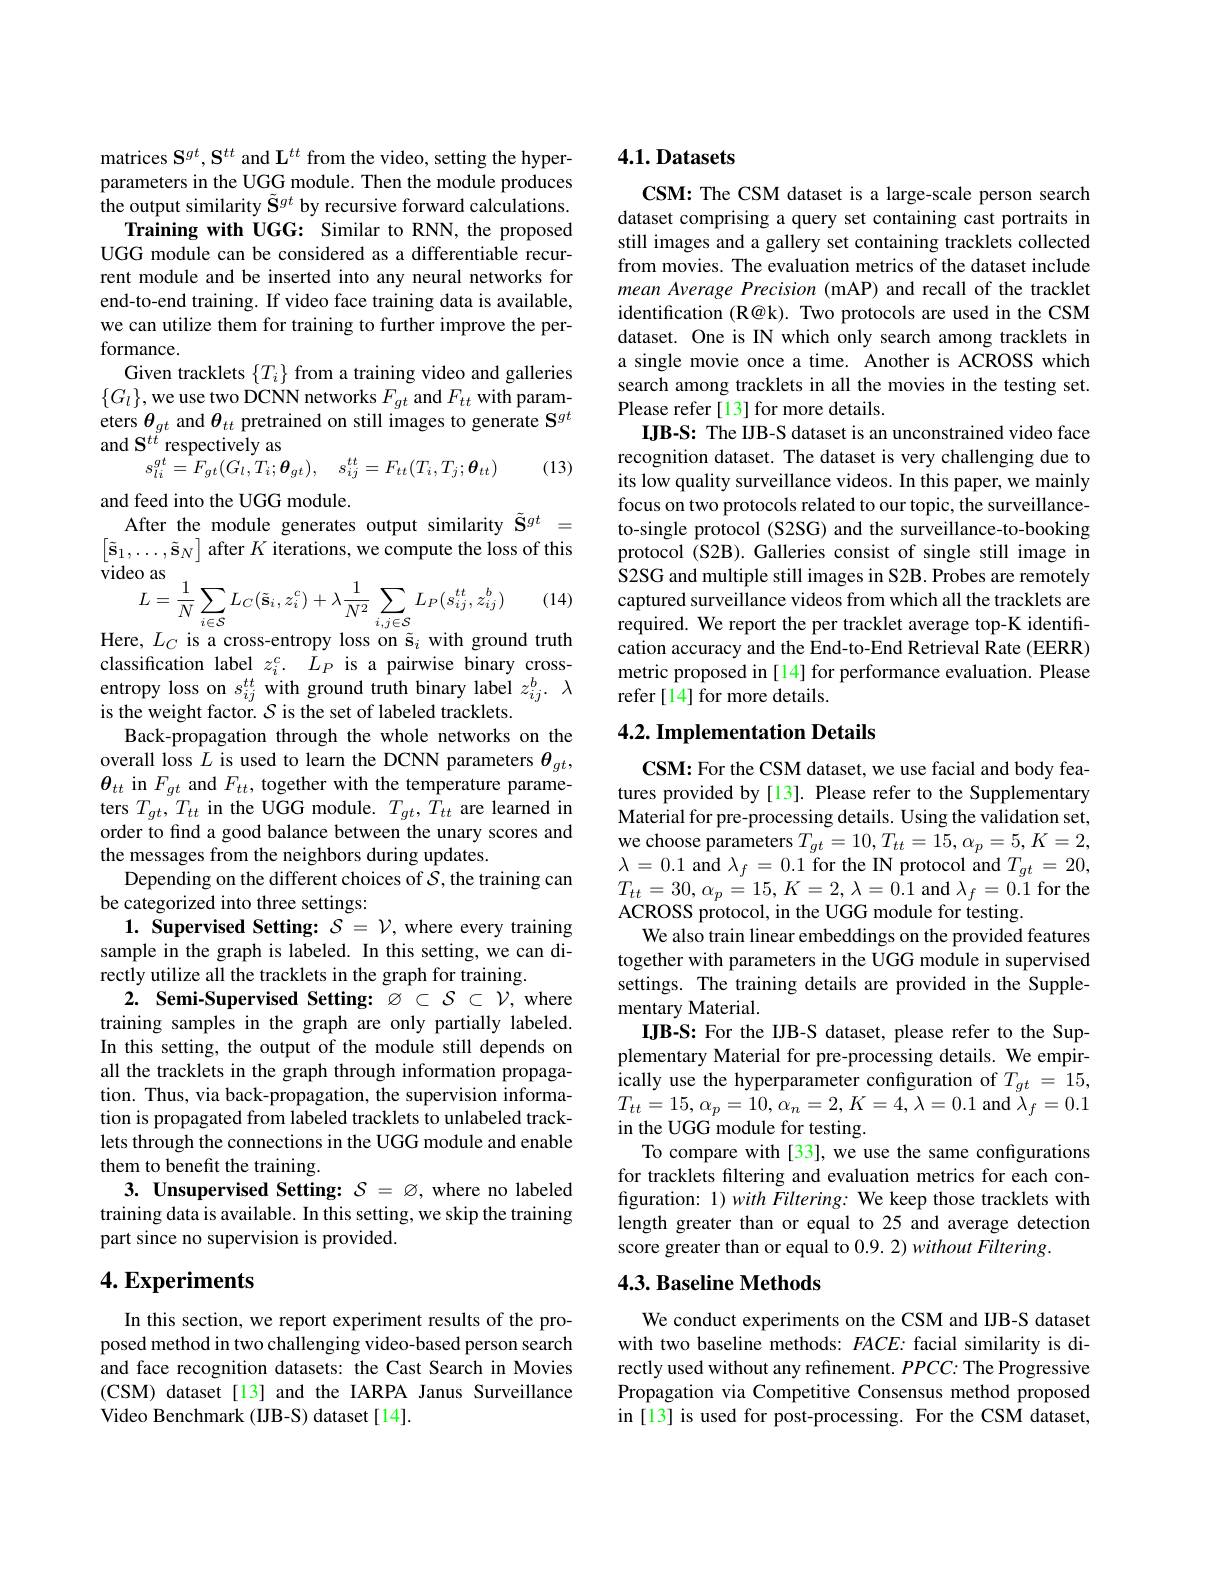
matrices $\mathbf{S}^gt,\mathbf{S}^{tt}$ and L$^tt$ from the video, setting the hyperparameters in the UGG module. Then the module produces $\hat{\text{the output similarity }}\tilde{\mathbf{S}}^{gt}$ by recursive forward calculations.
Training with UGG: Similar to RNN, the proposed UGG module can be considered as a differentiable recurrent module and be inserted into any neural networks for end-to-end training. If video face training data is available, we can utilize them for training to further improve the performance.
Given tracklets $\{T_{i}\}$ from a training video and galleries $\{G_l\}$,we use two DCNN networks $F_gt$ and $F_tt$ with param- $\begin{array}{l}\mathrm{eters~}\theta_{gt}\mathrm{~and~}\theta_{tt}\mathrm{~pretrained~on~still~images~to~generate~S}^{gt}\\\mathrm{and~S^{tt}respectively~as}\end{array}$
(13)
$$s_{li}^{gt}=F_{gt}(G_{l},T_{i};\boldsymbol{\theta}_{gt}),\quad s_{ij}^{tt}=F_{tt}(T_{i},T_{j};\boldsymbol{\theta}_{tt})$$
and feed into the UGG module.
After the module generates output similarity $\tilde{\mathbf{S}}^{gt}=$ $\begin{bmatrix}\tilde{\mathbf{s}}_{1},\ldots,\tilde{\mathbf{s}}_{N}\end{bmatrix}$ after $K$ iterations, we compute the loss of this video
$$\begin{array}{l}{{\mathrm{co~as}}}\\{L=\frac{1}{N}\sum_{i\in\mathcal{S}}L_{C}(\tilde{\mathbf{s}}_{i},z_{i}^{c})+\lambda\frac{1}{N^{2}}\sum_{i,j\in\mathcal{S}}L_{P}(s_{ij}^{tt},z_{ij}^{b})}\\{I}\\\end{array}$$
(14)

Here, $L_{C}$ is a cross-entropy loss on $\tilde{\mathbf{s}}_{i}$ with ground truth

classification label $z_i^c.$ $L_P$ is a pairwise binary cross-entropy losssons onss onss onss onth ground truth binary label $z_{ij}^{b}.\lambda$
is the weight factor. $\mathcal{S}$ is the set of labeled tracklets.
Back-propagation through the whole networks on the overall loss $L$ is used to learn the DCNN parameters $\theta_{gt}$, $\boldsymbol{\theta}_{tt}$ in $F_{gt}$ and $F_{tt}$, together with the temperature parameters $T_{gt},T_{tt}$ in the UGG module. $T_{gt},T_{tt}$ are learned in order to find a good balance between the unary scores and the messages from the neighbors during updates.
Depending on the different choices of $S$,the training can
be categorized into three settings:
$\mathbf{1.}$ Supervised Setting: $\mathcal{S}=\mathcal{V}$, where every training sample in the graph is labeled. In this setting, we can directly utilize all the tracklets in the graph for training.
2. Semi-Supervised Setting: $\varnothing\subset\mathcal{S}\subset\mathcal{V}$, where training samples in the graph are only partially labeled. In this setting, the output of the module still depends on all the tracklets in the graph through information propagation. Thus, via back-propagation, the supervision information is propagated from labeled tracklets to unlabeled tracklets through the connections in the UGG module and enable them to benefit the training.
3. Unsupervised Setting: $\mathcal{S}=\varnothing$, where no labeled training data is available. In this setting, we skip the training part since no supervision is provided.

## $4. \textbf{Experiments}$

In this section, we report experiment results of the proposed method in two challenging video-based person search and face recognition datasets: the Cast Search in Movies (CSM) dataset[13] and the IARPA Janus Surveillance Video Benchmark (IJB-S) dataset[14].

# 4.1. Datasets

CSM: The CSM dataset is a large-scale person search dataset comprising a query set containing cast portraits in still images and a gallery set containing tracklets collected from movies. The evaluation metrics of the dataset include mean Average Precision (mAP) and recall of the tracklet identification (R@k). Two protocols are used in the CSM dataset. One is IN which only search among tracklets in a single movie once a time. Another is ACROSS which search among tracklets in all the movies in the testing set. Please refer [13] for more details.
IJB-S: The IJB-S dataset is an unconstrained video face recognition dataset. The dataset is very challenging due to its low quality surveillance videos. In this paper, we mainly focus on two protocols related to our topic, the surveillanceto-single protocol (S2SG) and the surveillance-to-booking protocol (S2B). Galleries consist of single still image in S2SG and multiple still images in S2B. Probes are remotely captured surveillance videos from which all the tracklets are required. We report the per tracklet average top-K identification accuracy and the End-to-End Retrieval Rate (EERR) metric proposed in [14] for performance evaluation. Please refer [14] for more details.

## 4.2. Implementation Details

$\mathbf{CSM:For~the~CSM~dataset,~we~use~facial~and~body~fea-}$ tures provided by [13]. Please refer to the Supplementary Material for pre-processing details. Using the validation set, we choose parameters $T_{gt}=10,T_{tt}=15,\alpha_{p}=5,K=2$, $\lambda=0.1$ and $\lambda_f=0.1$ for the IN protocol and $T_{gt}=20$, $T_{tt}=30,\alpha_{p}=15,K=2,\lambda=0.1$ and $\lambda_f=0.1$ for the ACROSS protocol, in the UGG module for testing.
We also train linear embeddings on the provided features together with parameters in the UGG module in supervised settings. The training details are provided in the Supplementary Material.
IJB-S: For the IJB-S dataset, please refer to the Supplementary Material for pre-processing details. We empir- $\operatorname*{ically}$ use the hyperparameter configuration of $T_{gt}=15$, $T_{tt}=15,\alpha_{p}=10,\alpha_{n}=2,K=4,\lambda=0.1$ and $\bar{\lambda}_{f}=0.1$ in the UGG module for testing.
To compare with [33], we use the same configurations for tracklets filtering and evaluation metrics for each configuration: 1) with Filtering: We keep those tracklets with length greater than or equal to 25 and average detection score greater than or equal to $0. 9. 2) without\textit{Filtering}.$

## 4.3. Baseline Methods

We conduct experiments on the CSM and IJB-S dataset with two baseline methods: $FACE$: facial similarity is directly used without any refinement. $PPCC:$ The Progressive Propagation via Competitive Consensus method proposed in [13] is used for post-processing. For the CSM dataset,